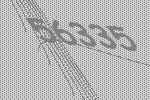
56335